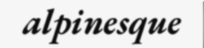
alpinesque